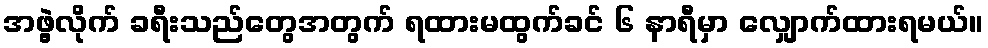
အဖွဲ့လိုက် ခရီးသည်တွေအတွက် ရထားမထွက်ခင် ၆ နာရီမှာ လျှောက်ထားရမယ်။